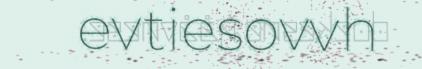
evtiesovvh